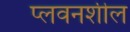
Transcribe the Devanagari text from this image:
प्लवनशील